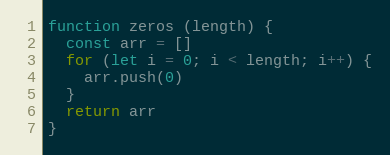
Language: JavaScript
function zeros (length) {
  const arr = []
  for (let i = 0; i < length; i++) {
    arr.push(0)
  }
  return arr
}